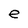
Character: e